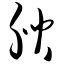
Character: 腴